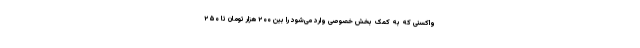
واکسنی که به کمک بخش خصوصی وارد می‌شود را بین ۲۰۰ هزار تومان تا ۲۵۰